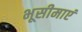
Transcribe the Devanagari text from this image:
भूसीमाएं